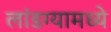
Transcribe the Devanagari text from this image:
लांडग्यामध्ये